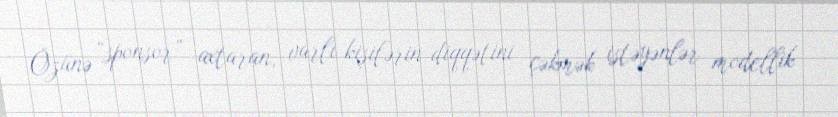
Özünə “sponsor” axtaran, varlı kişilərin diqqətini çəkmək istəyənlər modellik